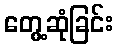
တွေ့ဆုံခြင်း